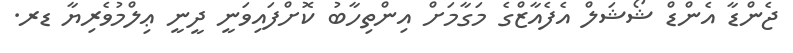
ޖެންޑާ އެންޑް ޝޯޝަލް އެފެއާޒްގެ މަގާމަށް އިންތިހާބު ކޮށްފައިވަނީ ދީނީ ޢިލްމުވެރިޔާ ޑރ.